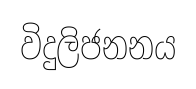
විදුලිජනනය